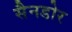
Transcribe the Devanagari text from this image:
सैनडोर